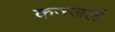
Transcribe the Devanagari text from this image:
कज्जलं